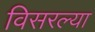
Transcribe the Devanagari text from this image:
विसरल्या